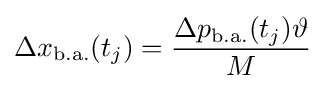
\Delta x_{\mathrm {b.a.} }(t_{j})={\frac {\Delta {p}_{\mathrm {b.a.} }(t_{j})\vartheta }{M}}